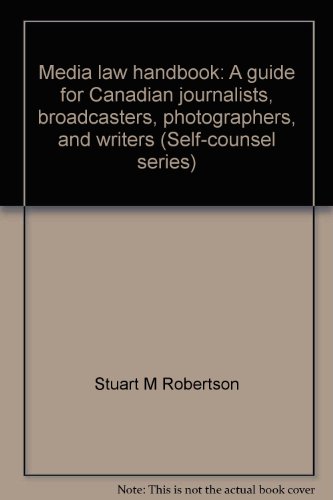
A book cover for Media law handbook: A guide for Canadian journalists, broadcasters, photographers, and writers (Self-counsel series); Stuart M Robertson; Law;